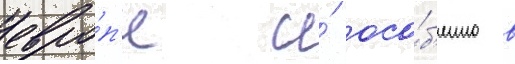
евро́п'е и́ осо́б'енно в